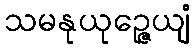
သမနုယုဉ္ဇေယျံ